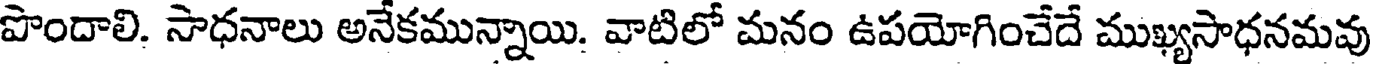
పొందాలి. సాధనాలు అనేకమున్నాయి. వాటిలో మనం ఉపయోగించేదే ముఖ్యసాధనమవు